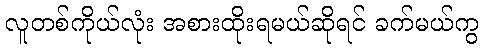
လူတစ်ကိုယ်လုံး အစားထိုးရမယ်ဆိုရင် ခက်မယ်ကွ